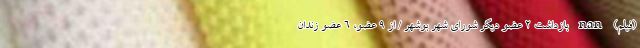
(فیلم) nan بازداشت 2 عضو دیگر شورای شهر بوشهر / از 9 عضو، 6 عضو زندان